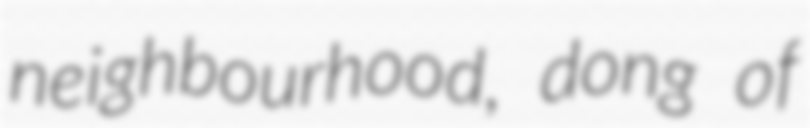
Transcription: neighbourhood, dong of